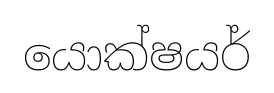
යොක්ෂයර්